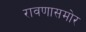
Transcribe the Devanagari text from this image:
रावणासमोर